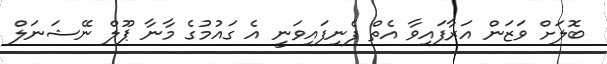
ބޮލަށް ވަޒަން އަރާފައިވާ އެތް ފެނިފައިވަނީ އެ ގައުމުގެ މާނާ ޕޫލް ނޭޝަނަލް